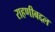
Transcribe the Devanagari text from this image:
राहणीबद्दल